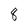
Character: 8